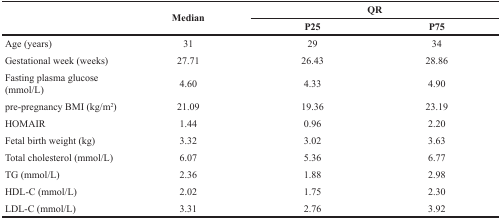
<table><thead><tr><td rowspan="2"></td><td rowspan="2"><b>Median</b></td><td colspan="2"><b>QR</b></td></tr><tr><td><b>P25</b></td><td><b>P75</b></td></tr></thead><tbody><tr><td>Age (years)</td><td>31</td><td>29</td><td>34</td></tr><tr><td>Gestational week (weeks)</td><td>27.71</td><td>26.43</td><td>28.86</td></tr><tr><td>Fasting plasma glucose (mmol/L)</td><td>4.60</td><td>4.33</td><td>4.90</td></tr><tr><td>pre-pregnancy BMI (kg/m<sup>2</sup>)</td><td>21.09</td><td>19.36</td><td>23.19</td></tr><tr><td>HOMAIR</td><td>1.44</td><td>0.96</td><td>2.20</td></tr><tr><td>Fetal birth weight (kg)</td><td>3.32</td><td>3.02</td><td>3.63</td></tr><tr><td>Total cholesterol (mmol/L)</td><td>6.07</td><td>5.36</td><td>6.77</td></tr><tr><td>TG (mmol/L)</td><td>2.36</td><td>1.88</td><td>2.98</td></tr><tr><td>HDL-C (mmol/L)</td><td>2.02</td><td>1.75</td><td>2.30</td></tr><tr><td>LDL-C (mmol/L)</td><td>3.31</td><td>2.76</td><td>3.92</td></tr></tbody></table>